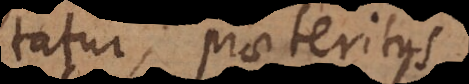
futuri praeteriti